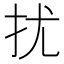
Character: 扰